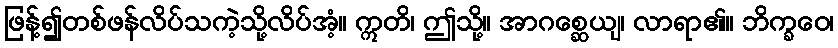
ဖြန့်၍တစ်ဖန်လိပ်သကဲ့သို့လိပ်အံ့။ ဣတိ၊ ဤသို့။ အာဂစ္ဆေယျ၊ လာရာ၏။ ဘိက္ခဝေ၊